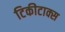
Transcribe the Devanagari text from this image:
टिकीटाक्स